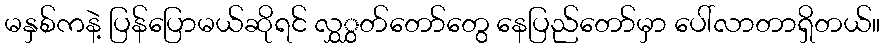
မနှစ်ကနဲ့ ပြန်ပြောမယ်ဆိုရင် လွှွှတ်တော်တွေ နေပြည်တော်မှာ ပေါ်လာတာရှိတယ်။